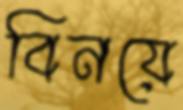
বিনয়ে